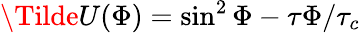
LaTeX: \Tilde{U}(\Phi)=\sin^{2}\Phi-\tau\Phi/\tau_{c}